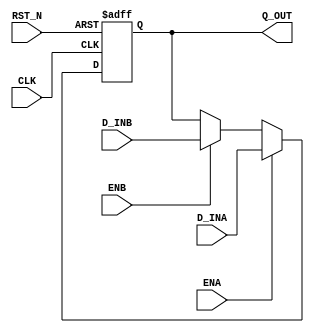

// Copyright (c) 2000-2009 Bluespec, Inc.

// Permission is hereby granted, free of charge, to any person obtaining a copy
// of this software and associated documentation files (the "Software"), to deal
// in the Software without restriction, including without limitation the rights
// to use, copy, modify, merge, publish, distribute, sublicense, and/or sell
// copies of the Software, and to permit persons to whom the Software is
// furnished to do so, subject to the following conditions:

// The above copyright notice and this permission notice shall be included in
// all copies or substantial portions of the Software.

// THE SOFTWARE IS PROVIDED "AS IS", WITHOUT WARRANTY OF ANY KIND, EXPRESS OR
// IMPLIED, INCLUDING BUT NOT LIMITED TO THE WARRANTIES OF MERCHANTABILITY,
// FITNESS FOR A PARTICULAR PURPOSE AND NONINFRINGEMENT. IN NO EVENT SHALL THE
// AUTHORS OR COPYRIGHT HOLDERS BE LIABLE FOR ANY CLAIM, DAMAGES OR OTHER
// LIABILITY, WHETHER IN AN ACTION OF CONTRACT, TORT OR OTHERWISE, ARISING FROM,
// OUT OF OR IN CONNECTION WITH THE SOFTWARE OR THE USE OR OTHER DEALINGS IN
// THE SOFTWARE.
//
// $Revision: 24080 $
// $Date: 2011-05-18 19:32:52 +0000 (Wed, 18 May 2011) $

`ifdef BSV_ASSIGNMENT_DELAY
`else
`define BSV_ASSIGNMENT_DELAY
`endif


module RegTwoA(CLK, RST_N, Q_OUT, D_INA, ENA, D_INB, ENB);
   parameter width = 1;
   parameter init  = { width {1'b0 }} ;


   input     CLK;
   input     RST_N;
   input     ENA ;
   input     ENB;
   input [width - 1 : 0] D_INA;
   input [width - 1 : 0] D_INB;
   
   output [width - 1 : 0] Q_OUT;
   reg [width - 1 : 0]    Q_OUT;

   always@(posedge CLK or negedge RST_N)
     begin
        if (RST_N == 0)
          Q_OUT <= `BSV_ASSIGNMENT_DELAY init;
        else 
          begin
             if (ENA)
               Q_OUT <= `BSV_ASSIGNMENT_DELAY D_INA;
             else if (ENB)
               Q_OUT <= `BSV_ASSIGNMENT_DELAY D_INB;
          end // else: !if(RST_N == 0)        
     end

`ifdef BSV_NO_INITIAL_BLOCKS
`else // not BSV_NO_INITIAL_BLOCKS
   // synopsys translate_off
   initial
     begin
        Q_OUT = {((width + 1)/2){2'b10}} ;
     end
   // synopsys translate_on
`endif // BSV_NO_INITIAL_BLOCKS

endmodule